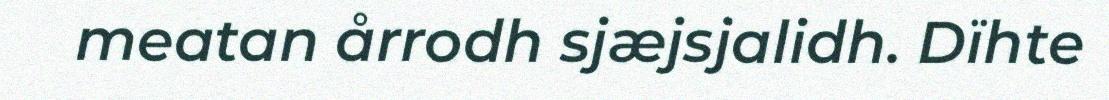
meatan årrodh sjæjsjalidh. Dïhte